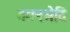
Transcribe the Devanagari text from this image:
गगनभेदि